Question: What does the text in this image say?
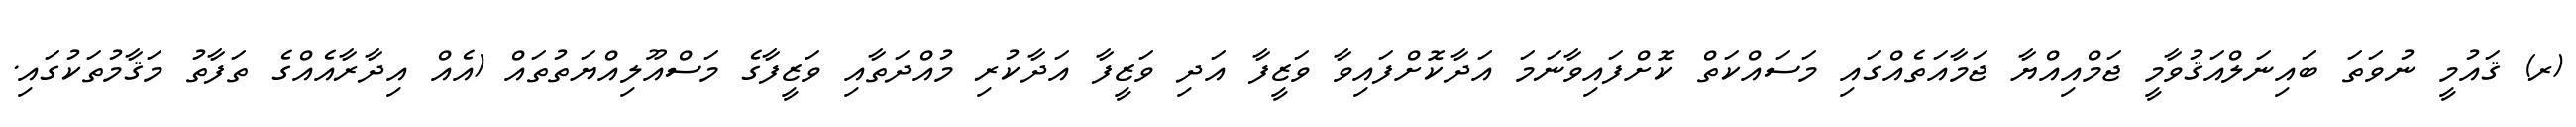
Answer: (ރ) ޤައުމީ ނުވަތަ ބައިނަލްއަޤުވާމީ ޖަމްއިއްޔާ ޖަމާއަތެއްގައި މަސައްކަތް ކޮށްފައިވާނަމަ އަދާކޮށްފައިވާ ވަޒީފާ އަދި ވަޒީފާ އަދާކުރި މުއްދަތާއި ވަޒީފާގެ މަސްއޫލިއްޔަތުތައް (އެއް އިދާރާއެއްގެ ތަފާތު މަޤާމުތަކުގައި.